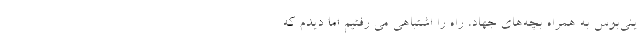
ینی‌بوس به همراه بچه‌های جهاد، راه را اشتباهی می رفتیم اما دیدم که